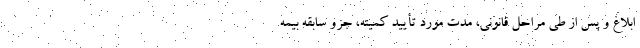
ابلاغ و پس از طی مراحل قانونی، مدت مورد تأیید کمیته، جزو سابقه بیمه